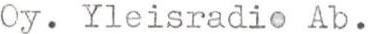
Oy. Yleisradio Ab.